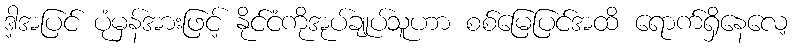
ဒါ့အပြင် ပုံမှန်အားဖြင့် နိုင်ငံကိုအုပ်ချုပ်သူဟာ စစ်မြေပြင်အထိ ရောက်ရှိနေလေ့